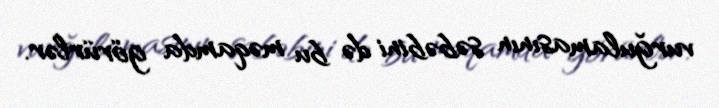
vurğulamasının səbəbini də bu məqamda görürlər.